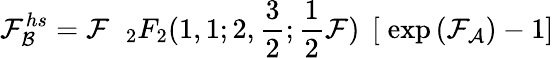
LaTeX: {\cal F}_{\cal B}^{hs}={\cal F}\; \; _{2}F_{2}(1,1;2,\frac{3}{2};\frac{1}{2}{\cal F})\; \left[\; \exp\left({\cal F}_{\cal A}\right)-1\right]